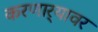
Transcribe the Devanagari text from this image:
करणार्‍यावर